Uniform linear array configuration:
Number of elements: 8
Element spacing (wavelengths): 0.25
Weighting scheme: kaiser
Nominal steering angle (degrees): -15
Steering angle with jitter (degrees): -16.393
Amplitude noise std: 0.05
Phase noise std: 0.05

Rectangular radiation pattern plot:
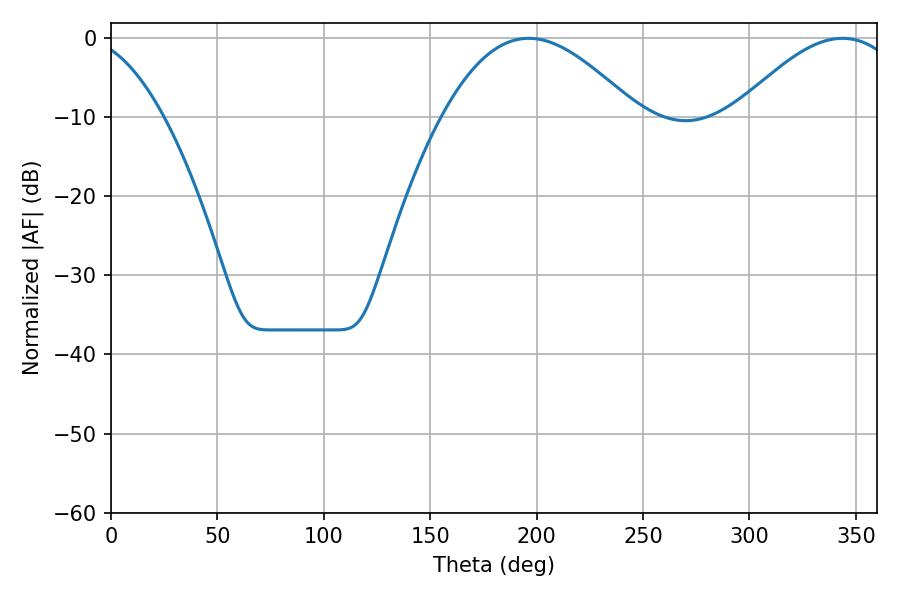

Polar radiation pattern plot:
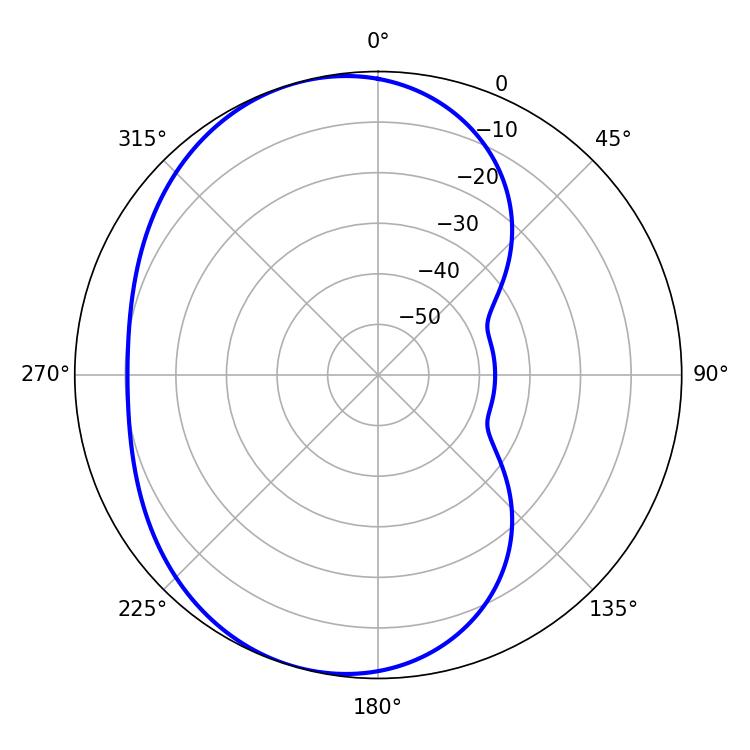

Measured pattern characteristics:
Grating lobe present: FALSE
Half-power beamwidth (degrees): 49.68
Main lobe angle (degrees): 196.2